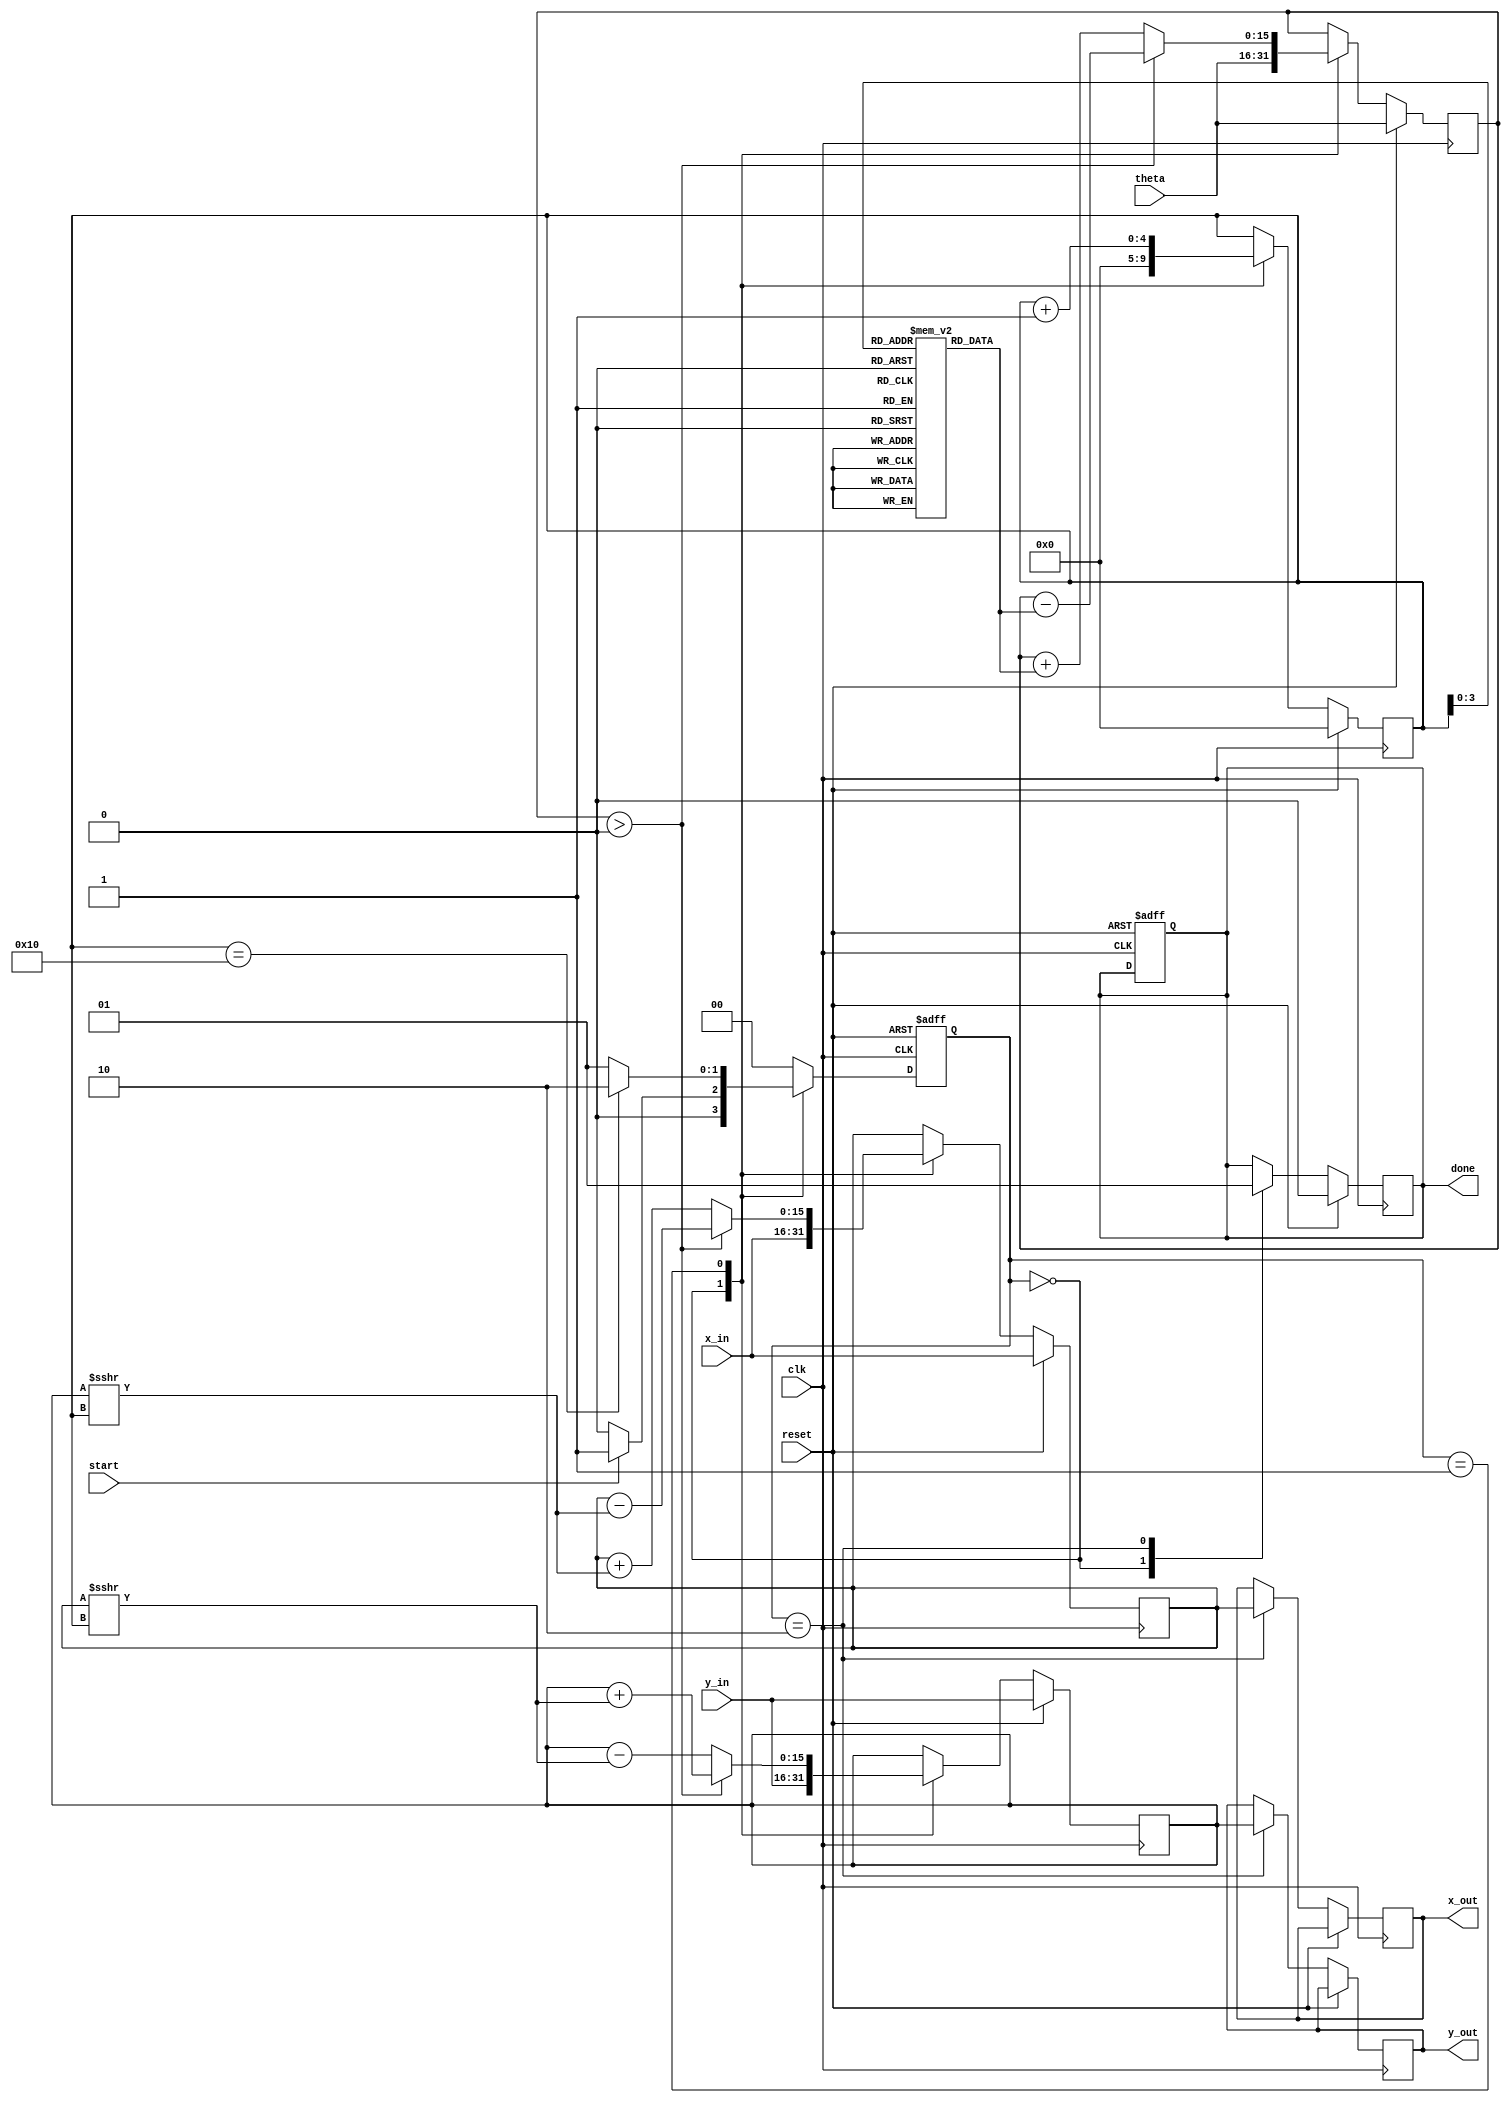
module cordic_rotational #(
    parameter WIDTH = 16,     // Width of fixed-point numbers
    parameter ITERATIONS = 16  // Number of iterations
)(
    input wire signed [WIDTH-1:0] theta,    // Input angle for rotation
    input wire signed [WIDTH-1:0] x_in,      // Initial x-coordinate
    input wire signed [WIDTH-1:0] y_in,      // Initial y-coordinate
    input wire start,                        // Start signal
    input wire clk,                          // Clock signal
    input wire reset,                        // Reset signal
    output reg signed [WIDTH-1:0] x_out,    // Final x-coordinate (cosine)
    output reg signed [WIDTH-1:0] y_out,    // Final y-coordinate (sine)
    output reg done                         // Computation complete signal
);

    // State encoding
    localparam IDLE = 2'b00;
    localparam COMPUTING = 2'b01;
    localparam COMPLETED = 2'b10;

    reg [1:0] state, next_state;
    
    // Internal registers
    reg signed [WIDTH-1:0] x, y, z;
    reg [4:0] i; // Iteration counter

    // Lookup table for atan(2^-i)
    reg signed [WIDTH-1:0] atan_table [0:ITERATIONS-1];

    // Initialize the atan_table
    initial begin
        // Precomputed atan(2^-i) values (scaled appropriately)
        atan_table[0] = 16'h2000;  // atan(1) = pi/4 in fixed-point
        atan_table[1] = 16'h1000;  // atan(0.5)
        atan_table[2] = 16'h0800;  // atan(0.25)
        atan_table[3] = 16'h0400;  // atan(0.125)
        // ... Fill in the rest as needed
        // ...
        atan_table[15] = 16'h0001;  // atan(2^-15)
    end

    // State transition
    always @(posedge clk or posedge reset) begin
        if (reset) begin
            state <= IDLE;
            done <= 0;
        end else begin
            state <= next_state;
        end
    end

    // Next state logic
    always @(*) begin
        case (state)
            IDLE: begin
                if (start) begin
                    next_state = COMPUTING;
                end else begin
                    next_state = IDLE;
                end
            end
            COMPUTING: begin
                if (i == ITERATIONS) begin
                    next_state = COMPLETED;
                end else begin
                    next_state = COMPUTING;
                end
            end
            COMPLETED: begin
                next_state = IDLE; // Reset to IDLE after completion
            end
            default: next_state = IDLE;
        endcase
    end

    // CORDIC computation
    always @(posedge clk) begin
        if (reset) begin
            x <= x_in;
            y <= y_in;
            z <= theta;
            i <= 0;
            done <= 0;
        end else begin
            case (state)
                IDLE: begin
                    // Initialize registers
                    x <= x_in;
                    y <= y_in;
                    z <= theta;
                    i <= 0;
                    done <= 0;
                end
                COMPUTING: begin
                    if (z > 0) begin
                        x <= x - (y >>> i);
                        y <= y + (x >>> i);
                        z <= z - atan_table[i];
                    end else begin
                        x <= x + (y >>> i);
                        y <= y - (x >>> i);
                        z <= z + atan_table[i];
                    end
                    i <= i + 1;
                end
                COMPLETED: begin
                    x_out <= x;
                    y_out <= y;
                    done <= 1;
                end
            endcase
        end
    end

endmodule